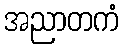
အညာတကံ